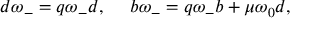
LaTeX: d \omega _ { - } = q \omega _ { - } d , ~ ~ ~ ~ b \omega _ { - } = q \omega _ { - } b + \mu \omega _ { 0 } d ,